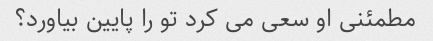
مطمئنی او سعی می کرد تو را پایین بیاورد؟